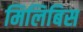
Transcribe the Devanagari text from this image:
मिलिबिस